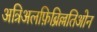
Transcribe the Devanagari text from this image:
अत्रिअलफ़िब्रिल्लतिओन